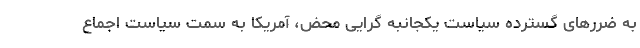
به ضررهای گسترده سیاست یکجانبه گرایی محض، آمریکا به سمت سیاست اجماع